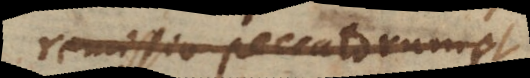
remissio peccatorum et